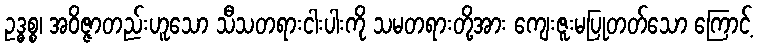
ဥဒ္ဓစ္စ၊ အဝိဇ္ဇာတည်းဟူသော သီသတရားငါးပါးကို သမတရားတို့အား ကျေးဇူးမပြုတတ်သော ကြောင့်